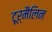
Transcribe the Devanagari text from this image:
टूर्मैलिन